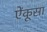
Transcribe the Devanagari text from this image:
ऐंकूसा